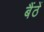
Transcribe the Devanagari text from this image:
बैंठें